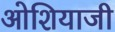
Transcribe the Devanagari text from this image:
ओशियाजी